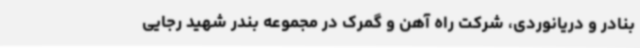
بنادر و دریانوردی، شرکت راه آهن و گمرک در مجموعه بندر شهید رجایی